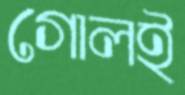
গোলই